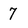
Character: 7